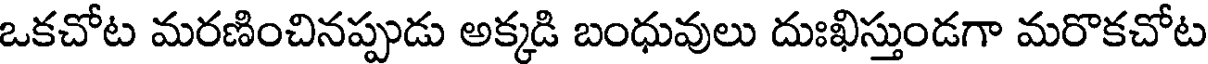
ఒకచోట మరణించినప్పుడు అక్కడి బంధువులు దుఃఖిస్తుండగా మరొకచోట